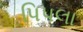
પિપલા